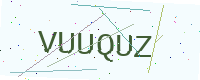
Text: VUUQUZ